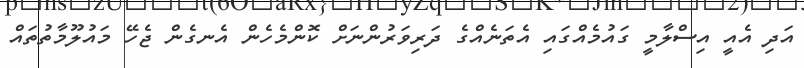
އަދި އެއީ އިސްލާމީ ގައުމެއްގައި އެތަނެއްގެ ދަރިވަރުންނަށް ކޮންމެހެން އެނގެން ޖެހޭ މައުލޫމާތުތައް